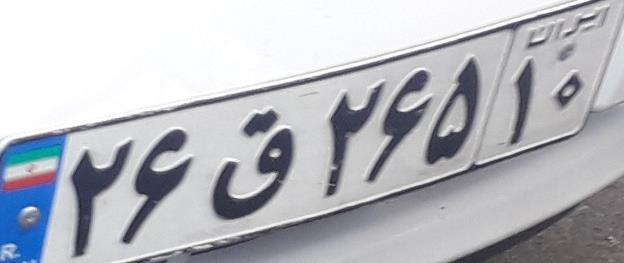
۲۶ق۲۶۵۱۰